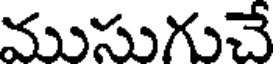
ముసుగుచే